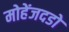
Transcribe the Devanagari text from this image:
मोहेंजदडो